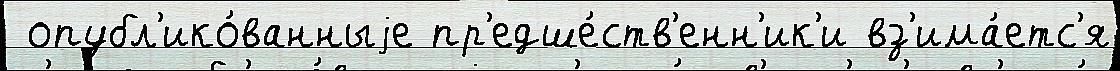
 опубл'ико́ванныjе пр'едше́ств'енн'ик'и вз'има́етс'я